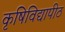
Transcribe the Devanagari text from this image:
कृषिविद्यापीठ